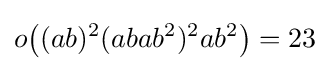
o{\bigl (}(ab)^{2}(abab^{2})^{2}ab^{2}{\bigr )}=23